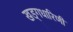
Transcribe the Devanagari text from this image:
खड्गधारिणी